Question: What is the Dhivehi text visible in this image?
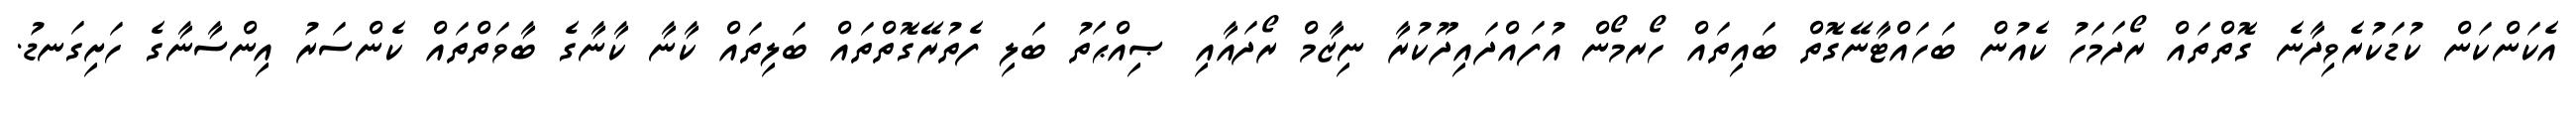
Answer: އެކަންކަން ކުޑަކުރެވިދާނެ ގޮތްތައް ރޯދަމަހު ކެއުން ބަހައްޓާނޭގޮތް ބައިތައް ހޯރމޯން އުފައްދައިދޫކުރާ ނިޒާމް ރޯދައާއި ޞިއްޙަތު ބަލި ފެތުރޭގޮތްތައް ބަލިތައް ކާނާ ކާނާގެ ބާވަތްތައް ކެންސަރު އިންސާނާގެ ހަށިގަނޑު.